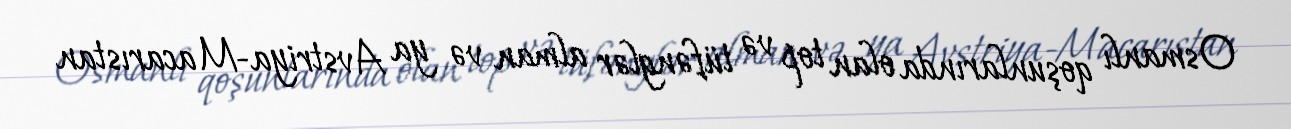
Osmanlı qoşunlarında olan top və tüfənglər alman və ya Avstriya-Macarıstan